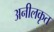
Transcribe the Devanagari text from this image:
अनीलकृत